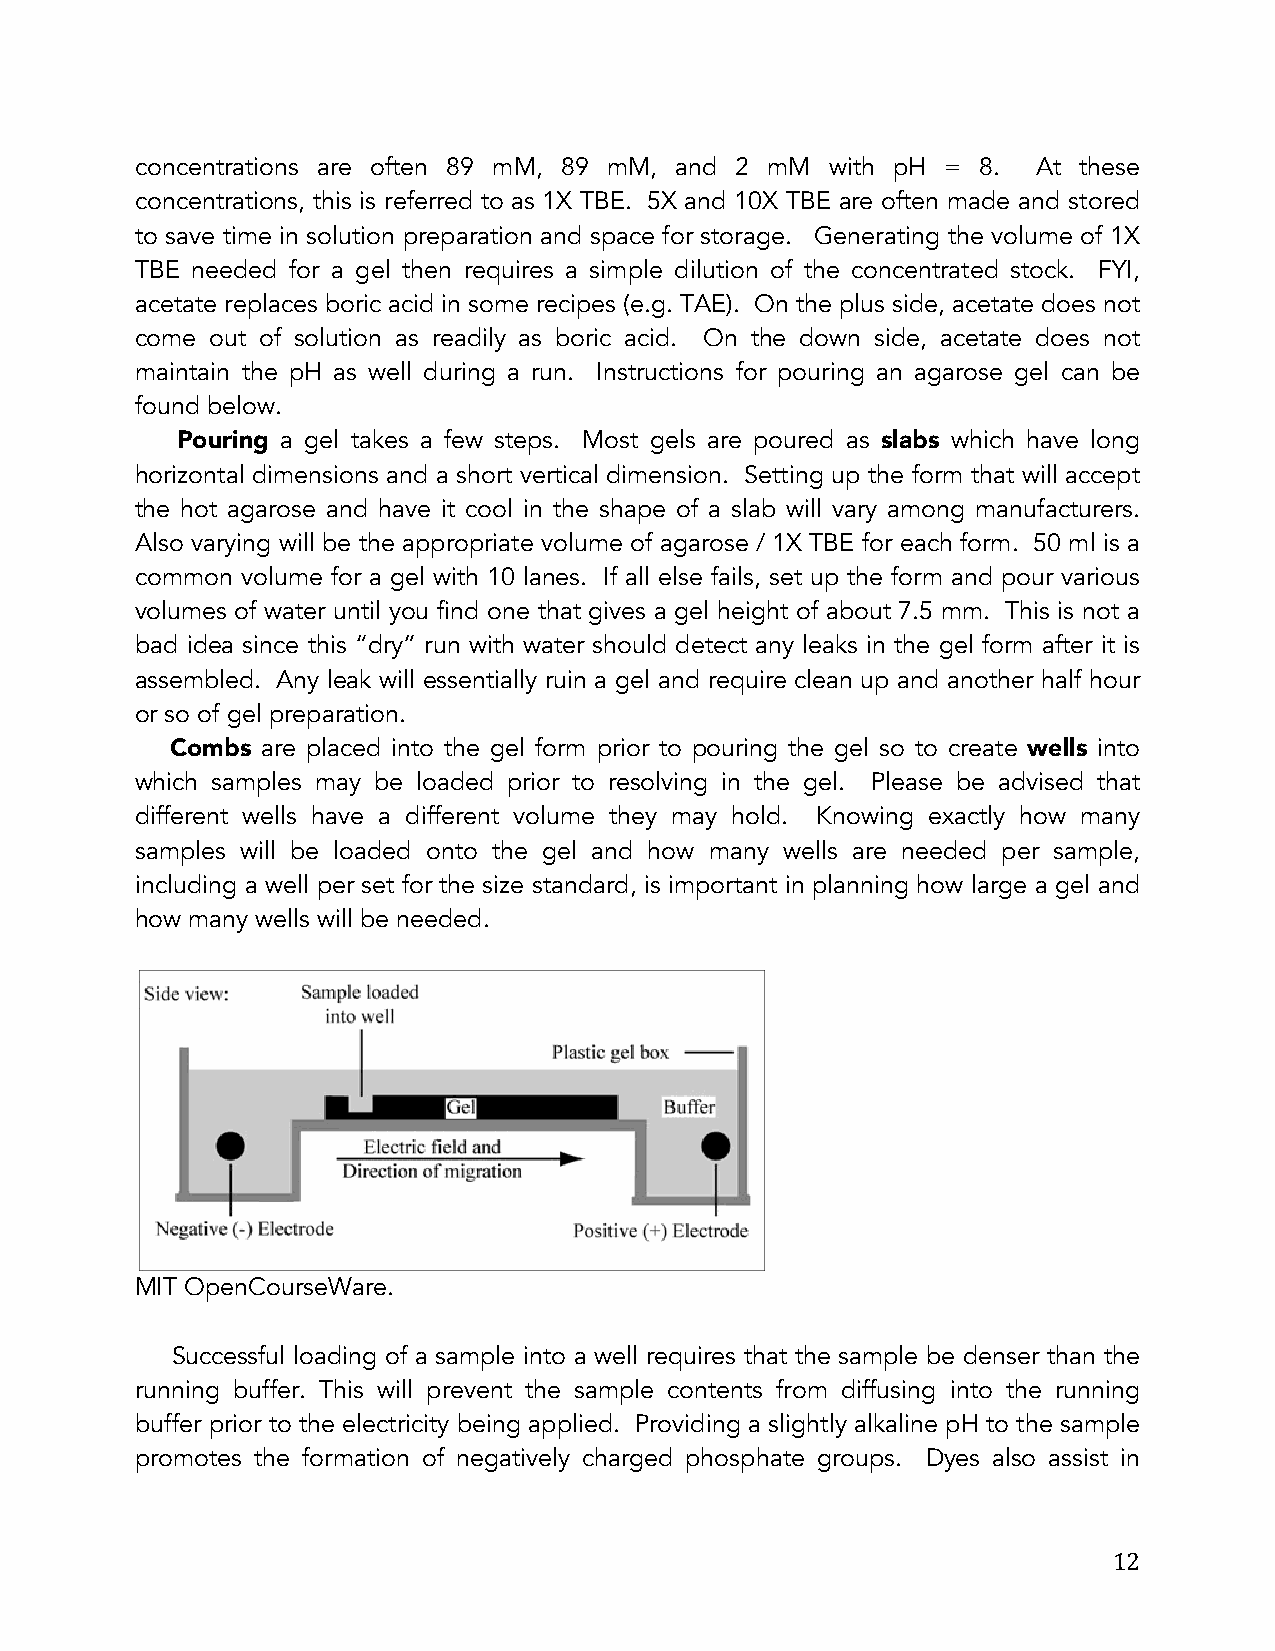
concentrations are often 89 mM, 89 mM, and 2 mM with pH = 8. At these
 concentrations, this is referred to as 1X TBE. 5X and 10X TBE are often made and stored
 to save time in solution preparation and space for storage. Generating the volume of 1X
 TBE needed for a gel then requires a simple dilution of the concentrated stock. FYI,
 acetate replaces boric acid in some recipes (e.g. TAE). On the plus side, acetate does not
 come out of solution as readily as boric acid. On the down side, acetate does not
 maintain the pH as well during a run. Instructions for pouring an agarose gel can be
 found below.
 Pouring a gel takes a few steps. Most gels are poured as slabs which have long
 horizontal dimensions and a short vertical dimension. Setting up the form that will accept
 the hot agarose and have it cool in the shape of a slab will vary among manufacturers.
 Also varying will be the appropriate volume of agarose / 1X TBE for each form. 50 ml is a
 common volume for a gel with 10 lanes. If all else fails, set up the form and pour various
 volumes of water until you find one that gives a gel height of about 7.5 mm. This is not a
 bad idea since this “dry” run with water should detect any leaks in the gel form after it is
 assembled. Any leak will essentially ruin a gel and require clean up and another half hour
 or so of gel preparation.
 Combs are placed into the gel form prior to pouring the gel so to create wells into
 which samples may be loaded prior to resolving in the gel. Please be advised that
 different wells have a different volume they may hold. Knowing exactly how many
 samples will be loaded onto the gel and how many wells are needed per sample,
 including a well per set for the size standard, is important in planning how large a gel and
 how many wells will be needed.
 MIT OpenCourseWare.
 Successful loading of a sample into a well requires that the sample be denser than the
 running buffer. This will prevent the sample contents from diffusing into the running
 buffer prior to the electricity being applied. Providing a slightly alkaline pH to the sample
 promotes the formation of negatively charged phosphate groups. Dyes also assist in
 12